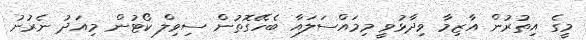
މީގެ އިތުރުން އާޒިމާ ވިދާޅުވީ މިމައްސަލައާ ބެހޭގޮތުން ސިވިލް ކޯޓުން މިއަދު ނެރުނު